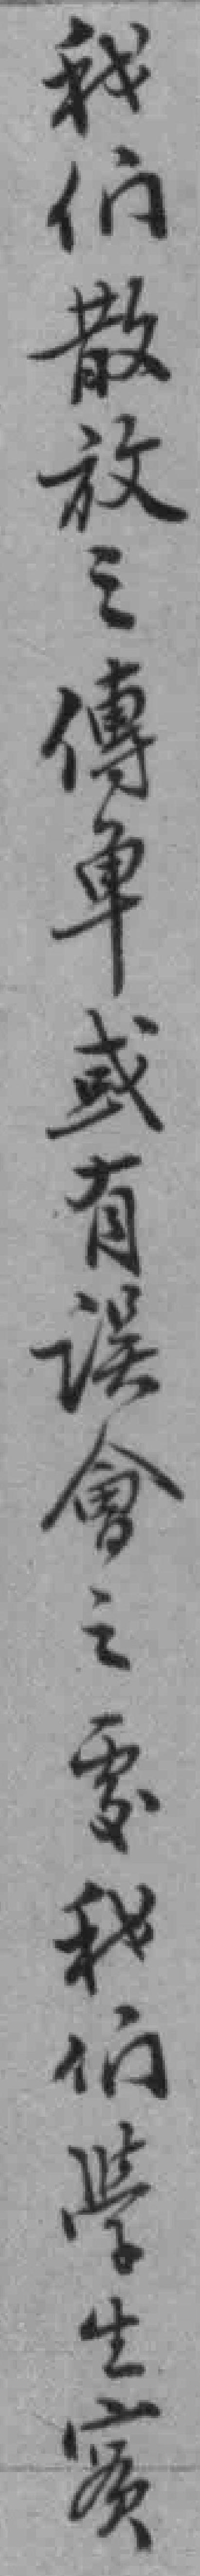
我们散放之傳单或有误會之處我们學生實